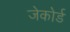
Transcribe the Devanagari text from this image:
जेकोर्ड